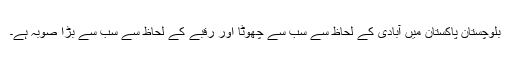
بلوچستان پاکستان میں آبادی کے لحاظ سے سب سے چھوٹا اور رقبے کے لحاظ سے سب سے بڑا صوبہ ہے۔